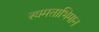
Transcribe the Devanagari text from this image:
स्वमताभिमान